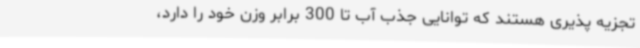
تجزیه پذیری هستند که توانایی جذب آب تا 300 برابر وزن خود را دارد،